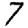
Digit: 7